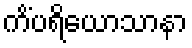
ကိံပရိယောသာနာ